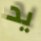
يد